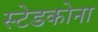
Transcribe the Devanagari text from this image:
स्टेडकोना